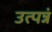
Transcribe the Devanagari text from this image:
उत्पन्नं